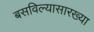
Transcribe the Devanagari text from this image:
बसविल्यासारख्या